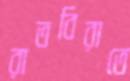
রাতবিরাতে